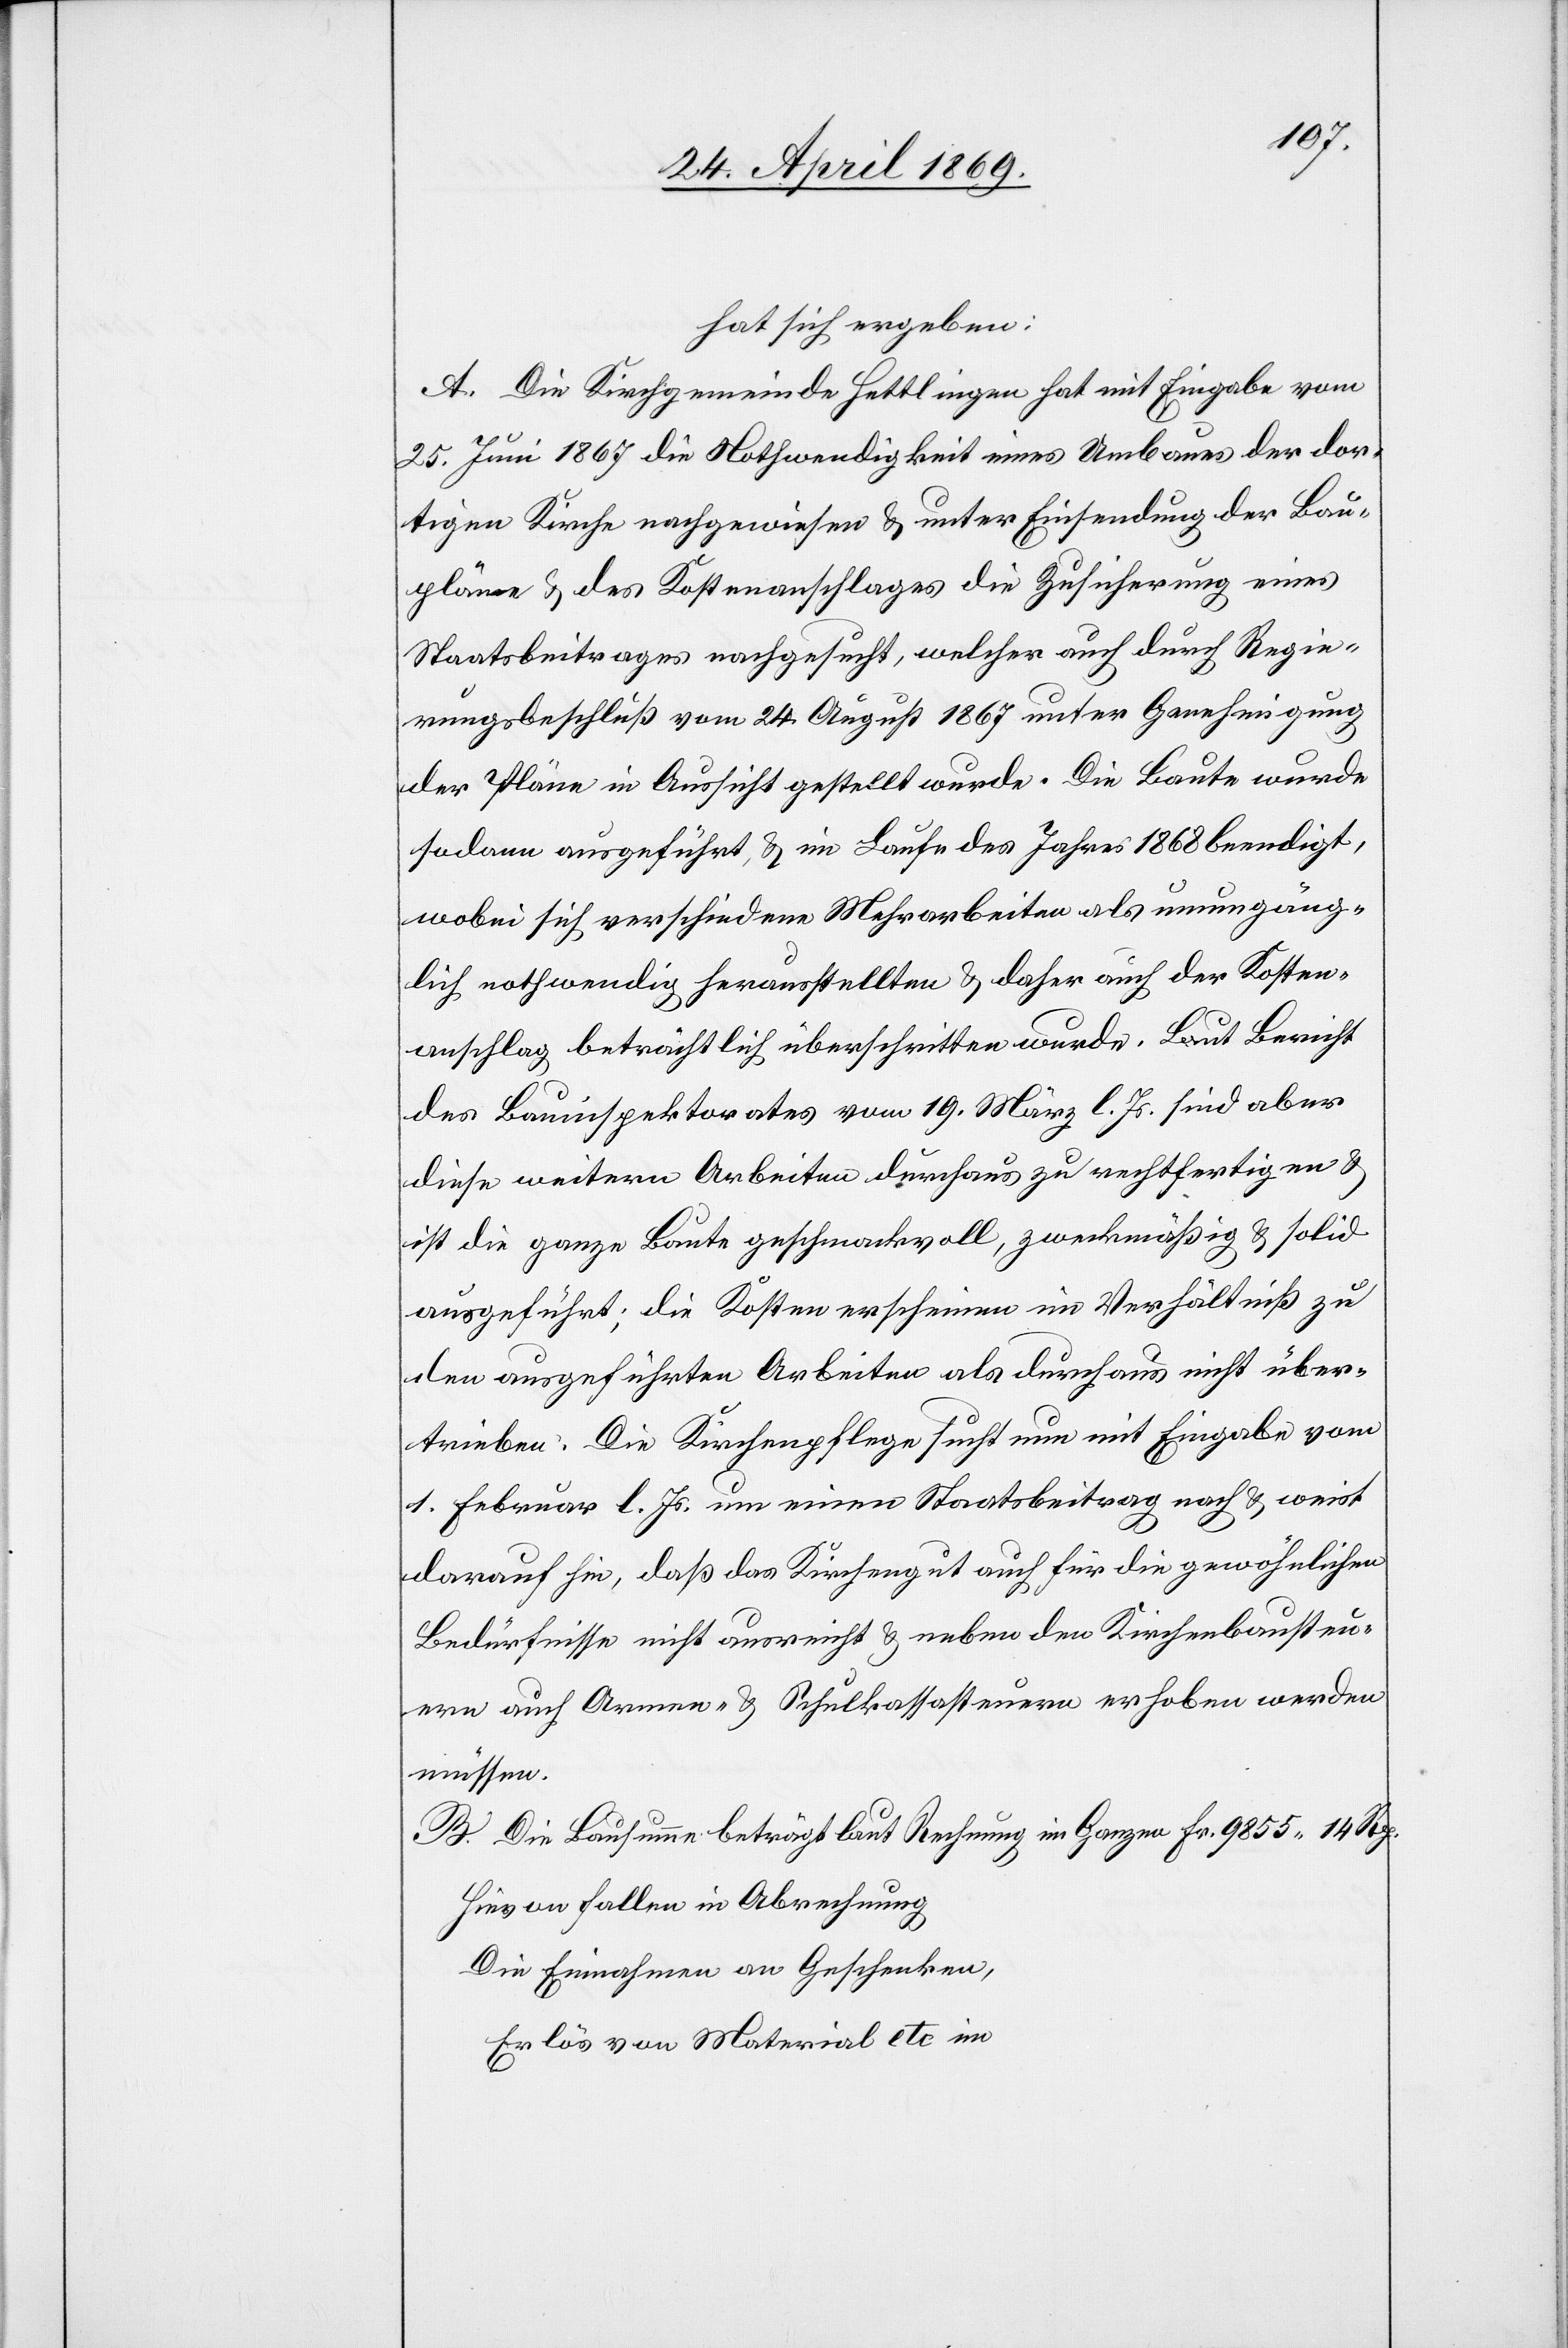
hat sich ergeben:
A. Die Kirchgemeinde Hettlingen hat mit Eingabe vom
25. Juni 1867 die Nothwendigkeit eines Umbaues der dor¬
tigen Kirche nachgewiesen u. unter Einsendung der Bau¬
pläne u. des Kostenanschlages die Zusicherung eines
Staatsbeitrages nachgesucht, welcher auch durch Regie¬
rungsbeschluß vom 24. August 1867 unter Genehmigung
der Pläne in Aussicht gestellt wurde. Die Baute wurde
sodann ausgeführt u. im Laufe des Jahres 1868 beendigt,
wobei sich verschiedene Mehrarbeiten als unumgäng¬
lich nothwendig herausstellten u. daher auch der Kosten¬
anschlag beträchtlich überschritten wurde. Laut Bericht
des Bauinspektorates vom 19. März l. Js. sind aber
diese weitern Arbeiten durchaus zu rechtfertigen u.
ist die ganze Baute geschmackvoll, zweckmäßig u. solid
ausgeführt; die Kosten erscheinen im Verhältniß zu
den ausgeführten Arbeiten als durchaus nicht über¬
trieben. Die Kirchenpflege sucht nun mit Eingabe vom
1. Februar l. Js. um einen Staatsbeitrag nach u. weist
darauf hin, daß das Kirchengut auch hier die gewöhnlichen
Bedürfnisse nicht ausreicht u. neben den Kirchenbausteu¬
ern auch Armen- u. Schulklassensteuern erhoben werden
müssen.
B. Die Bausumme beträgt laut Rechnung im Ganzen 				Fr. 9855.14
Hievon fallen in Abrechnung:
Die Einnahmen an Geschenken,
Erlös von Material etc. im